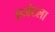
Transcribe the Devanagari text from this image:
एजंटला